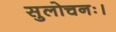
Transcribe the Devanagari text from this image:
सुलोचनः।